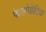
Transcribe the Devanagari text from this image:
फेरामेग्नेटिक